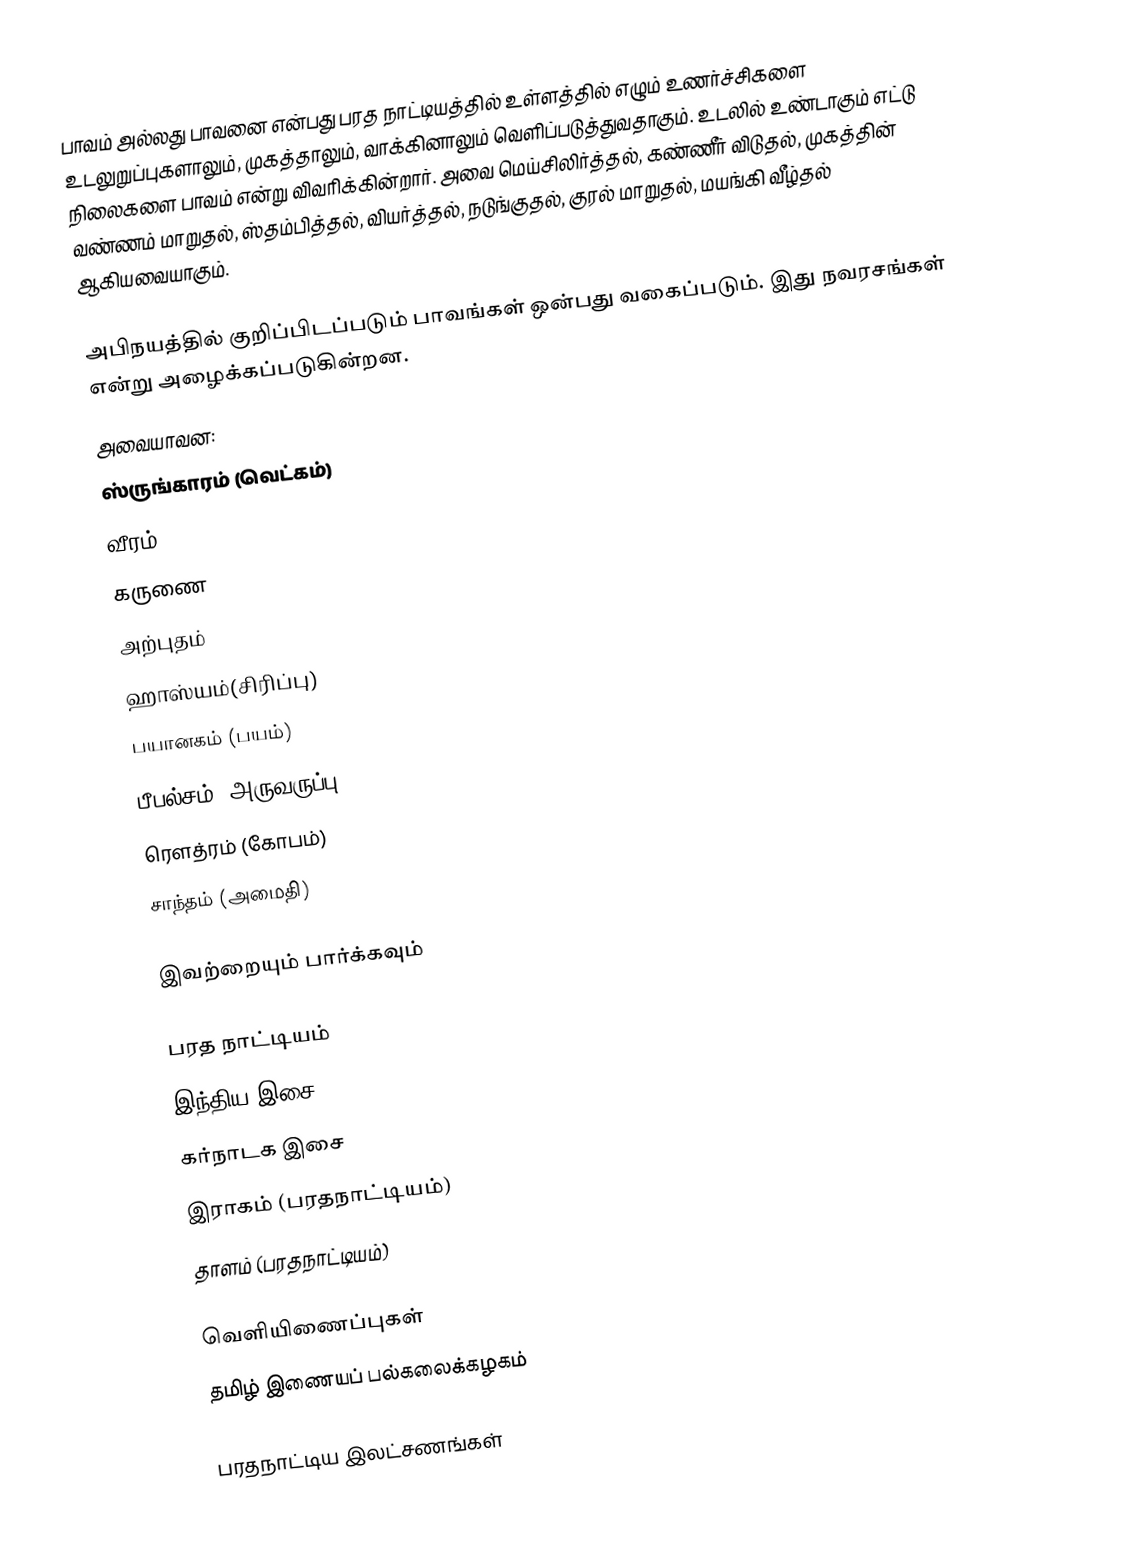
பாவம் அல்லது பாவனை என்பது பரத நாட்டியத்தில் உள்ளத்தில் எழும் உணர்ச்சிகளை உடலுறுப்புகளாலும், முகத்தாலும், வாக்கினாலும் வெளிப்படுத்துவதாகும். உடலில் உண்டாகும் எட்டு நிலைகளை பாவம் என்று விவரிக்கின்றார். அவை மெய்சிலிர்த்தல், கண்ணீர் விடுதல், முகத்தின் வண்ணம் மாறுதல், ஸ்தம்பித்தல், வியர்த்தல், நடுங்குதல், குரல் மாறுதல், மயங்கி வீழ்தல் ஆகியவையாகும்.

அபிநயத்தில் குறிப்பிடப்படும் பாவங்கள் ஒன்பது வகைப்படும். இது நவரசங்கள் என்று அழைக்கப்படுகின்றன.
அவையாவன:
 ஸ்ருங்காரம் (வெட்கம்)
 வீரம்
 கருணை
 அற்புதம்
 ஹாஸ்யம்(சிரிப்பு)
 பயானகம் (பயம்)
 பீபல்சம் (அருவருப்பு)
 ரெளத்ரம் (கோபம்)
 சாந்தம் (அமைதி)

இவற்றையும் பார்க்கவும்

 பரத நாட்டியம்
 இந்திய இசை
 கர்நாடக இசை
 இராகம் (பரதநாட்டியம்)
 தாளம் (பரதநாட்டியம்)

வெளியிணைப்புகள்
தமிழ் இணையப் பல்கலைக்கழகம்

பரதநாட்டிய இலட்சணங்கள்